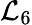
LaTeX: \mathcal{L}_{6}